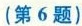
(第6题)